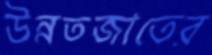
উন্নতজাতের